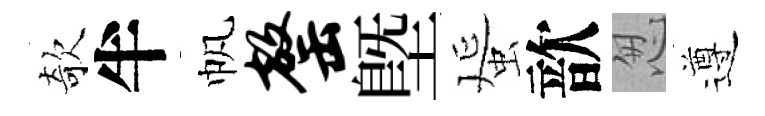
欹半帆罄塈蜑歆怱遵